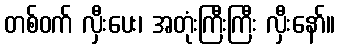
တစ်ဝက် လှီးပေး၊ အတုံးကြီးကြီး လှီးနော်။